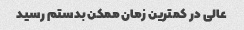
عالی در کمترین زمان ممکن بدستم رسید